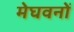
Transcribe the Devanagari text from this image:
मेघवनों